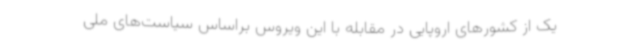
یک از کشورهای اروپایی در مقابله با این ویروس براساس سیاست‌های ملی